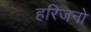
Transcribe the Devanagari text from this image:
हरिजनो